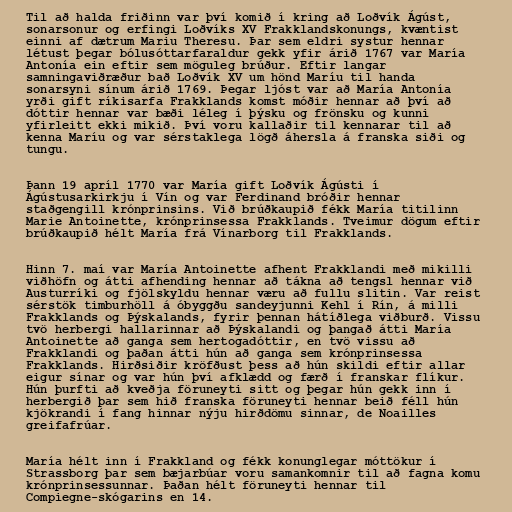
Til að halda friðinn var því komið í kring að Loðvík Ágúst,
sonarsonur og erfingi Loðvíks XV Frakklandskonungs, kvæntist
einni af dætrum Mariu Theresu. Þar sem eldri systur hennar
létust þegar bólusóttarfaraldur gekk yfir árið 1767 var María
Antonía ein eftir sem möguleg brúður. Eftir langar
samningaviðræður bað Loðvík XV um hönd Maríu til handa
sonarsyni sínum árið 1769. Þegar ljóst var að María Antonía
yrði gift ríkisarfa Frakklands komst móðir hennar að því að
dóttir hennar var bæði léleg í þýsku og frönsku og kunni
yfirleitt ekki mikið. Því voru kallaðir til kennarar til að
kenna Maríu og var sérstaklega lögð áhersla á franska siði og
tungu.

Þann 19 apríl 1770 var María gift Loðvík Ágústi í
Ágústusarkirkju í Vín og var Ferdinand bróðir hennar
staðgengill krónprinsins. Við brúðkaupið fékk María titilinn
Marie Antoinette, krónprinsessa Frakklands. Tveimur dögum eftir
brúðkaupið hélt María frá Vínarborg til Frakklands.

Hinn 7. maí var María Antoinette afhent Frakklandi með mikilli
viðhöfn og átti afhending hennar að tákna að tengsl hennar við
Austurríki og fjölskyldu hennar væru að fullu slitin. Var reist
sérstök timburhöll á óbyggðu sandeyjunni Kehl í Rín, á milli
Frakklands og Þýskalands, fyrir þennan hátíðlega viðburð. Vissu
tvö herbergi hallarinnar að Þýskalandi og þangað átti María
Antoinette að ganga sem hertogadóttir, en tvö vissu að
Frakklandi og þaðan átti hún að ganga sem krónprinsessa
Frakklands. Hirðsiðir kröfðust þess að hún skildi eftir allar
eigur sínar og var hún því afklædd og færð í franskar flíkur.
Hún þurfti að kveðja föruneyti sitt og þegar hún gekk inn í
herbergið þar sem hið franska föruneyti hennar beið féll hún
kjökrandi í fang hinnar nýju hirðdömu sinnar, de Noailles
greifafrúar.

María hélt inn í Frakkland og fékk konunglegar móttökur í
Strassborg þar sem bæjarbúar voru samankomnir til að fagna komu
krónprinsessunnar. Þaðan hélt föruneyti hennar til
Compiegne-skógarins en 14.